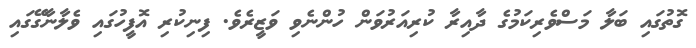
ގޮތުގައި ބަލާ މަސްވެރިކަމުގެ ދާއިރާ ކުރިއަރުވަން ހުންނެވި ވަޒީރެވެ. ފިނިކުރި އޮފީހުގައި ވެލާނާގޭގައި